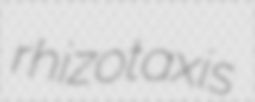
rhizotaxis